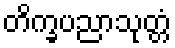
တိက္ခပညာသုတ္တံ